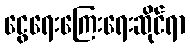
ငွေရေးကြေးရေးဆိုင်ရာ